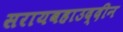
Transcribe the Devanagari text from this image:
सरायबहाउद्दीन